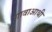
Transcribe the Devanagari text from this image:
गावाआधी